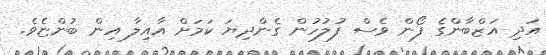
އަދި އަޒްބާންގެ ފޯން ވެސް ފުލުހުން ގެންދިޔަ ކަމަށް އާއިލާ އިން ބުންޏެވެ.